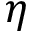
\eta